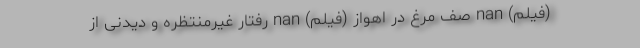
(فیلم) nan صف مرغ در اهواز (فیلم) nan رفتار غیرمنتظره و دیدنی از